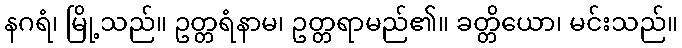
နဂရံ၊ မြို့သည်။ ဥတ္တရံနာမ၊ ဥတ္တရာမည်၏။ ခတ္တိယော၊ မင်းသည်။